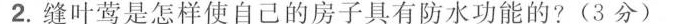
2.缝叶莺是怎样使自己的房子具有防水功能的?(3分)